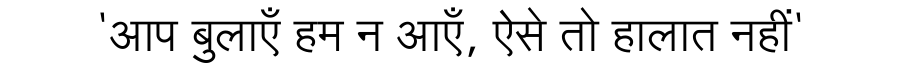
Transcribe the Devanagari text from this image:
'आप बुलाएँ हम न आएँ, ऐसे तो हालात नहीं'